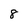
Character: 8